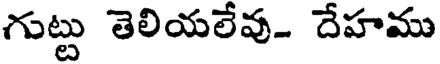
గుట్టు తెలియలేవు. దేహము